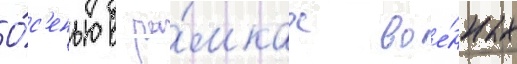
О́с'енью в ра́мках вое́нных